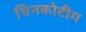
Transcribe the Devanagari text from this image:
चिनकोटीग